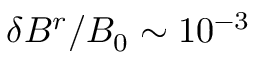
\delta B ^ { r } / B _ { 0 } \sim 1 0 ^ { - 3 }